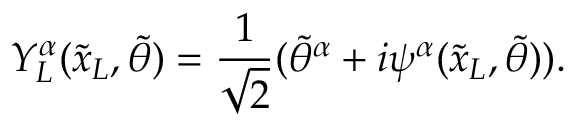
Y _ { L } ^ { \alpha } ( { \tilde { x } _ { L } } , { \tilde { \theta } } ) = \frac { 1 } { \sqrt { 2 } } ( { { \tilde { \theta } } ^ { \alpha } } + i \psi ^ { \alpha } ( { \tilde { x } _ { L } } , { \tilde { \theta } } ) ) .